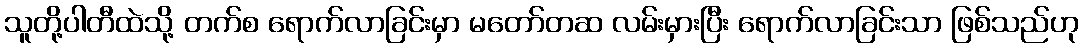
သူတို့ပါတီထဲသို့ တက်စ ရောက်လာခြင်းမှာ မတော်တဆ လမ်းမှားပြီး ရောက်လာခြင်းသာ ဖြစ်သည်ဟု